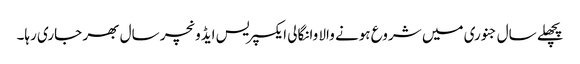
پچھلے سال جنوری میں شروع ہونے والا وانگالی ایکسپریس ایڈونچر سال بھر جاری رہا۔